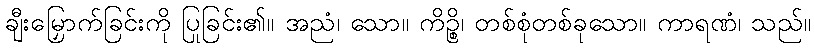
ချီးမြှောက်ခြင်းကို ပြုခြင်း၏။ အညံ၊ သော။ ကိဉ္စိ၊ တစ်စုံတစ်ခုသော။ ကာရဏံ၊ သည်။